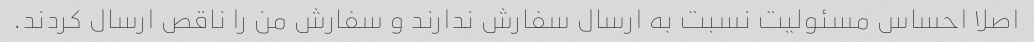
اصلا احساس مسئولیت نسبت به ارسال سفارش ندارند و سفارش من را ناقص ارسال کردند.